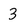
Character: 3